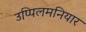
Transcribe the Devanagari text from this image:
उप्पिलमनियार